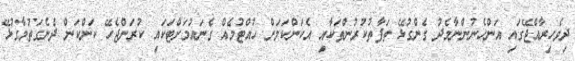
ދިވެހިރާއްޖޭގައި އަންހެނުންނާމެދު ގެންގުޅޭ ތަފާތުކުރުންތަކާއި އެކަންކަމަށް ހުއްޓުމެއް ގެނައުމަށްޓަކައި ކުރަންޖެހޭ ކަންކަން ދެނެގަތުމާގުޅޭ